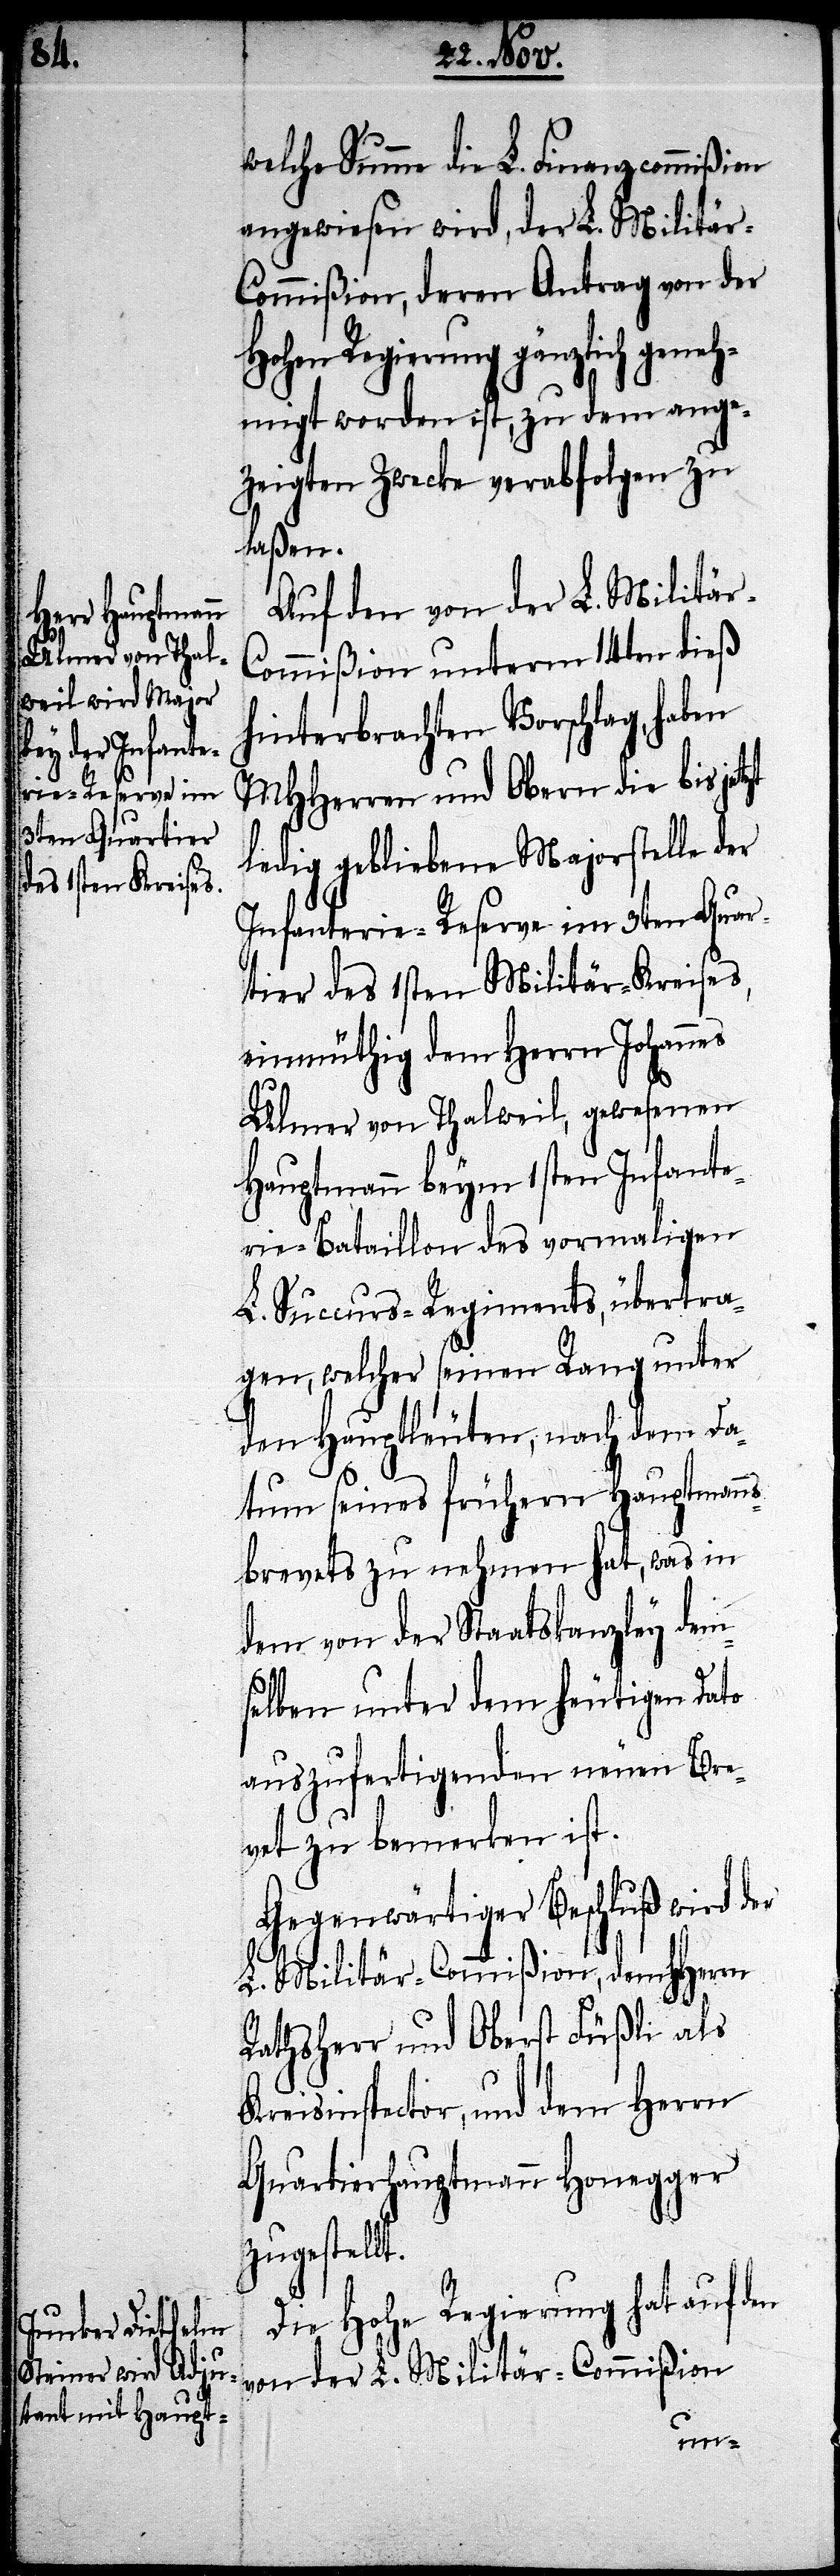
welche Summe die L. Finanzcommißion
angewiesen wird, der L. Militä¬
r-Commißion, deren Antrag von der
Hohen Regierung gänzlich geneh¬
migt worden ist, zu dem ange¬
zeigten Zwecke verabfolgen zu
laßen.
Auf den von der L. Militä¬
ommißion unterm 14ten dieß
hinterbrachten Vorschlag, haben
MHHerren und Obern die bis
ledig gebliebene Majorstelle der
Infanterie-Reserve im 3ten Quar¬
tier des 1sten Militär-Kreises,
einmüthig dem Herrn Johannes
Ulmer von Thalweil, gewesenen
Hauptmann beym 1sten Infante¬
rie-Bataillon des vormaligen
L. Succurs-Regiments, übertra¬
gen, welcher seinen Rang unter
den Hauptleuten, nach dem Da¬
tum seines frühern Hauptmann¬
sbrevets zu nehmen hat, was in
dem von der Staatskanzley dem¬
selben unter dem heutigen Dato
ausgefertigten neuen Bre¬
vet zu bemerken ist.
Gegenwärtiger Beschluß wird der
L. Militär-Commißion, dem HHerrn
Rathsherr und Oberst Füßli als
Kreisinspector, und dem Herrn
Quartierhauptmann Honegger
zugestellt.
Die Hohe Regierung hat auf den
von der L. Militär-Commißion
r-C¬